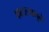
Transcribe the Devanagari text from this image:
फाटल्यामुळे